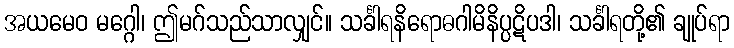
အယမေဝ မဂ္ဂေါ၊ ဤမဂ်သည်သာလျှင်။ သင်္ခါရနိရောဓဂါမိနိပ္ပဋိပဒါ၊ သင်္ခါရတို့၏ ချုပ်ရာ